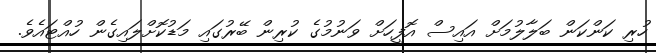
ހުރި ކަންކަން ބަލާލުމަށް އައިސް އޮފީހަށް ވަނުމުގެ ކުރިން ބޭރުގައި މަޑުކޮށްލައިގެން ހުއްޓައެވެ.